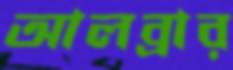
আলব্রার